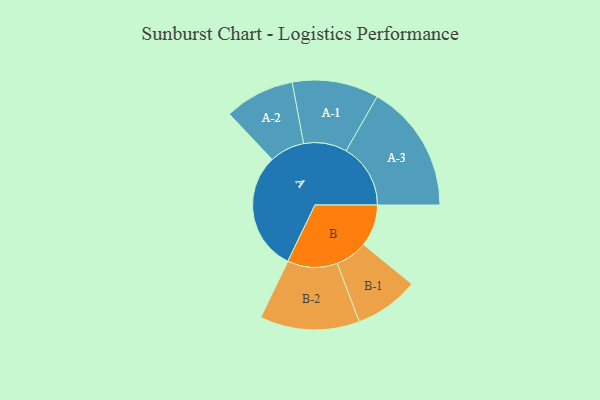
{"axis": {"x": "Segment", "y": "Value"}, "legend": ["", "A", "B"], "data": [{"x": "A", "y": 481, "type": ""}, {"x": "B", "y": 170, "type": ""}, {"x": "A-1", "y": 175, "type": "A"}, {"x": "A-2", "y": 142, "type": "A"}, {"x": "A-3", "y": 261, "type": "A"}, {"x": "B-1", "y": 130, "type": "B"}, {"x": "B-2", "y": 202, "type": "B"}]}